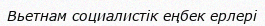
Вьетнам социалистік еңбек ерлері